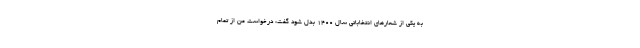
به یکی از شعارهای انتخاباتی سال ۱۴۰۰ بدل شود گفت: درخواست من از تمام